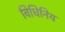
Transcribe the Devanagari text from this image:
विधिनिय